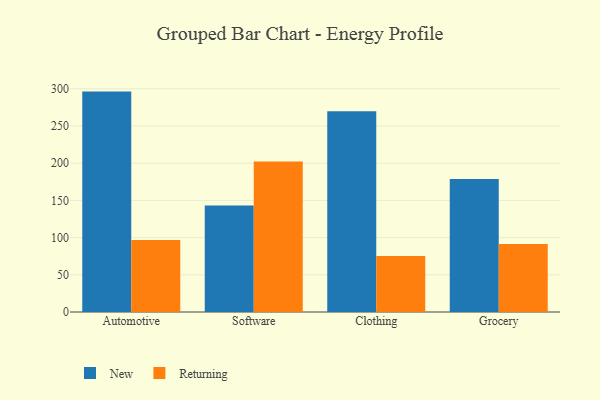
{"axis": {"x": "Category", "y": "Demand Index"}, "legend": ["New", "Returning"], "data": [{"x": "Automotive", "y": 296.2, "type": "New"}, {"x": "Automotive", "y": 96.8, "type": "Returning"}, {"x": "Software", "y": 143.2, "type": "New"}, {"x": "Software", "y": 202.3, "type": "Returning"}, {"x": "Clothing", "y": 269.7, "type": "New"}, {"x": "Clothing", "y": 75.2, "type": "Returning"}, {"x": "Grocery", "y": 178.9, "type": "New"}, {"x": "Grocery", "y": 91.4, "type": "Returning"}]}